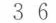
36